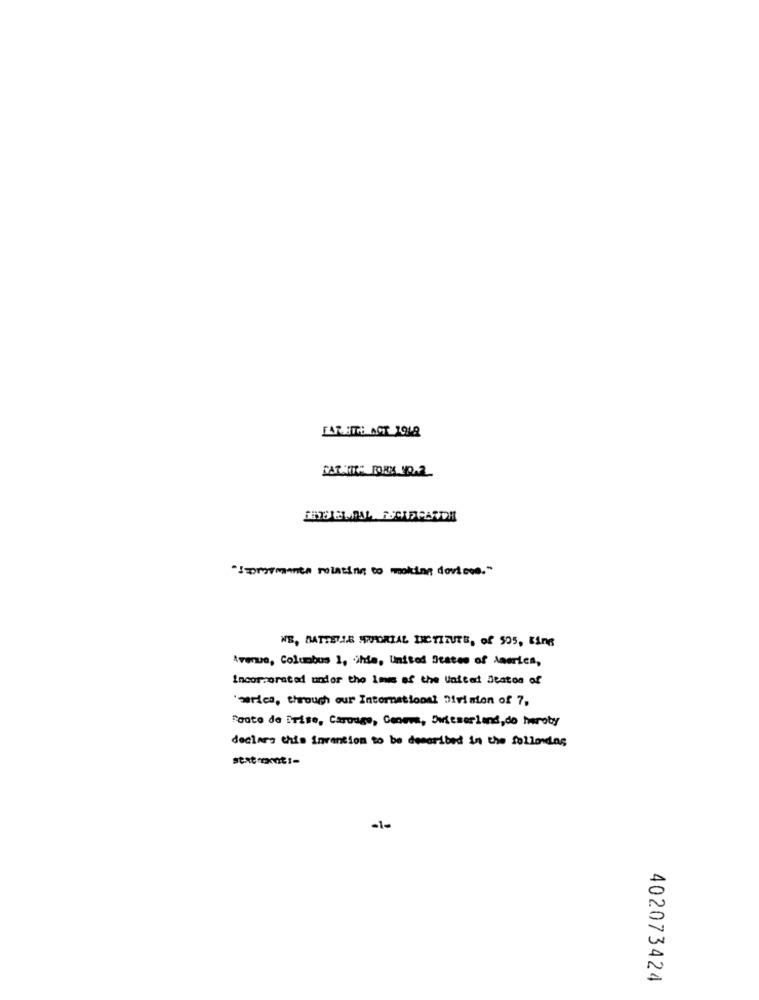
FAR.IT ACT 1948
" I promente relating to making dovicos."
NE, BATTERIE WWWPORIAL DICTIZUTE, of 505, Bing
Avenue, Columbus 1, ihle, United States of America,
Incorporated undor the laws of the United States of
carica, through our International Division of 7,
"oato de Prise, Carouge, Conews, Swiemerlend, do heroby
declaro this invention to be described in the following
sextraont :-
-1-
402073424